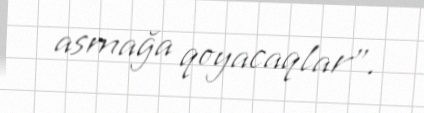
asmağa qoyacaqlar”.